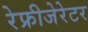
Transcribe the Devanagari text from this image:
रेफ्रीजेरेटर